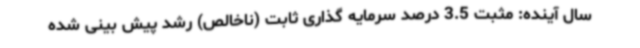
سال آینده: مثبت 3.5 درصد سرمایه گذاری ثابت (ناخالص) رشد پیش بینی شده